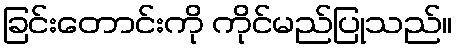
ခြင်းတောင်းကို ကိုင်မည်ပြုသည်။